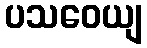
ပသဝေယျ